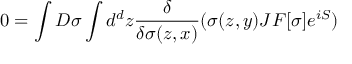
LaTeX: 0 = \int D \sigma \int d ^ { d } z { \frac { \delta } { \delta \sigma ( z , x ) } } ( \sigma ( z , y ) J F [ \sigma ] e ^ { i S } )